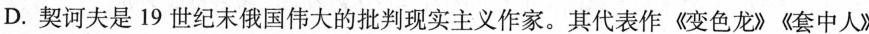
D. 契诃夫是19世纪末俄国伟大的批判现实主义作家。其代表作《变色龙》《套中人》